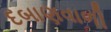
દબાણવાળી